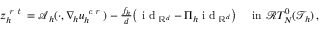
\begin{array} { r } { z _ { h } ^ { \textit { r t } } = \boldsymbol { \mathcal { A } } _ { h } ( \cdot , \nabla _ { \! h } u _ { h } ^ { \textit { c r } } ) - \frac { f _ { h } } { d } \big ( \textup { i d } _ { \mathbb { R } ^ { d } } - \Pi _ { h } \textup { i d } _ { \mathbb { R } ^ { d } } \big ) \quad \mathrm { ~ i n ~ } \mathcal { R } T _ { N } ^ { 0 } ( \mathcal { T } _ { h } ) \, , } \end{array}